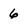
Character: 6